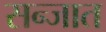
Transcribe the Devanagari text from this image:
सन्जात